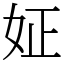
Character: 姃